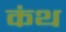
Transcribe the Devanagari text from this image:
कंथ